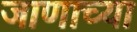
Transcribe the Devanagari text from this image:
जाणाच्या